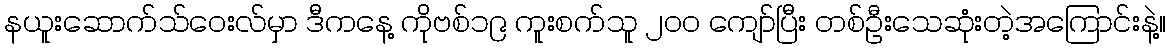
နယူးဆောက်သ်ဝေးလ်မှာ ဒီကနေ့ ကိုဗစ်၁၉ ကူးစက်သူ ၂၀၀ ကျော်ပြီး တစ်ဦးသေဆုံးတဲ့အကြောင်းနဲ့။